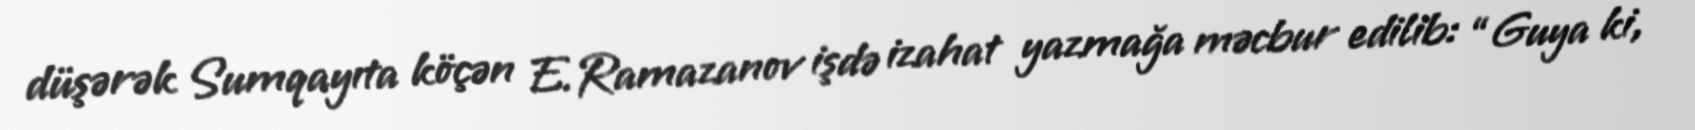
düşərək Sumqayıta köçən E.Ramazanov işdə izahat yazmağa məcbur edilib: “Guya ki,